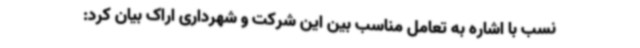
نسب با اشاره به تعامل مناسب بین این شرکت و شهرداری اراک بیان کرد: